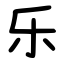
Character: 乐